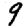
Digit: 9